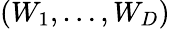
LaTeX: (W_{1},\ldots,W_{D})